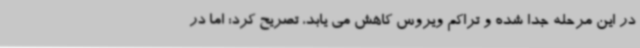
در این مرحله جدا شده و تراکم ویروس کاهش می یابد، تصریح کرد: اما در